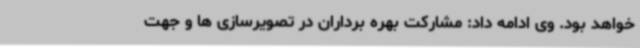
خواهد بود. وی ادامه داد: مشارکت بهره برداران در تصویرسازی ها و جهت